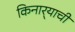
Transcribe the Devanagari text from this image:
किनार्‍याची